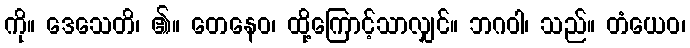
ကို။ ဒေသေတိ၊ ၏။ တေနေဝ၊ ထို့ကြောင့်သာလျှင်။ ဘဂဝါ၊ သည်။ တံယေဝ၊